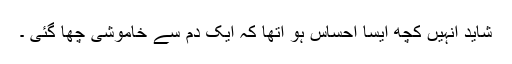
شاید انہیں کچھ ایسا احساس ہو اتھا کہ ایک دم سے خاموشی چھا گئی ۔